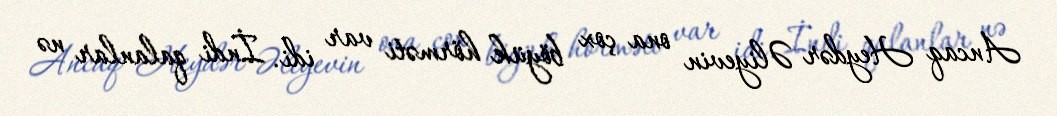
Ancaq Heydər Əliyevin ona çox böyük hörməti var idi. İndi qalanlar nə